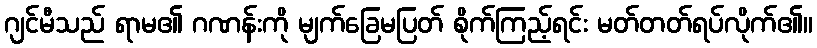
ဂျင်မီသည် ရာမ၏ ဂဏန်းကို မျက်ခြေမပြတ် စိုက်ကြည့်ရင်း မတ်တတ်ရပ်လိုက်၏။